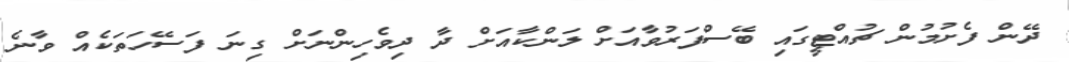
ދޭން ފެށުމުން ޗުއްޓީގައި ބޭސްފަރުވާއަށް ލަންކާއަށް ދާ ދިވެހިންނަށް ގިނަ ފަސޭހަތަކެއް ވާނެ